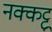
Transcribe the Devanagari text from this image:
नक्कट्टू